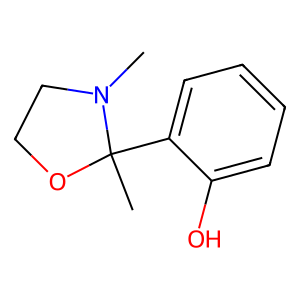
SMILES: CN1CCOC1(C)c1ccccc1O
Inhibits HIV replication: No